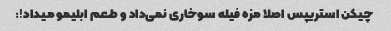
چیکن استریپس اصلا مزه فیله سوخاری نمی‌داد و طعم ابلیمو میداد!: